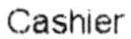
CASHIER